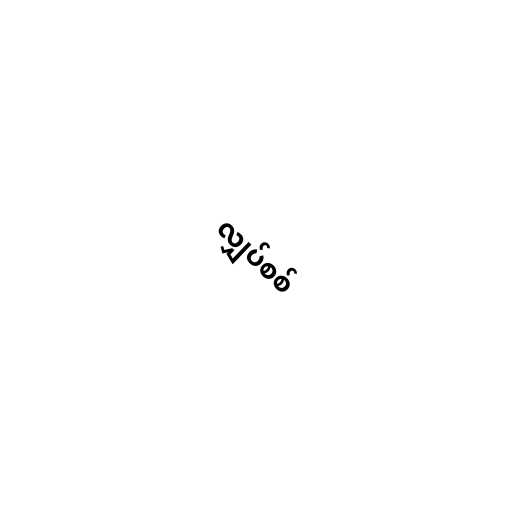
လျှပ်စစ်